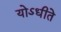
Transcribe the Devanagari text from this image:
योऽधीते